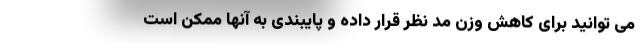
می توانید برای کاهش وزن مد نظر قرار داده و پایبندی به آنها ممکن است